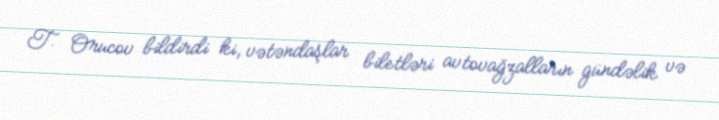
T. Orucov bildirdi ki, vətəndaşlar biletləri avtovağzalların gündəlik və